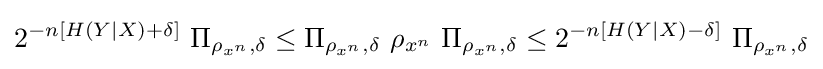
2^{-n\left[H(Y|X)+\delta \right]}\ \Pi _{\rho _{x^{n}},\delta }\leq \Pi _{\rho _{x^{n}},\delta }\ \rho _{x^{n}}\ \Pi _{\rho _{x^{n}},\delta }\leq 2^{-n\left[H(Y|X)-\delta \right]}\ \Pi _{\rho _{x^{n}},\delta }